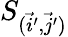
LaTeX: S_{(\vec{i}^{\prime},\vec{j}^{\prime})}